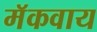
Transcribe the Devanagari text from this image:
मॅकवाय